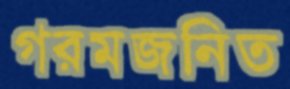
গরমজনিত